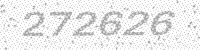
Solution: 272626